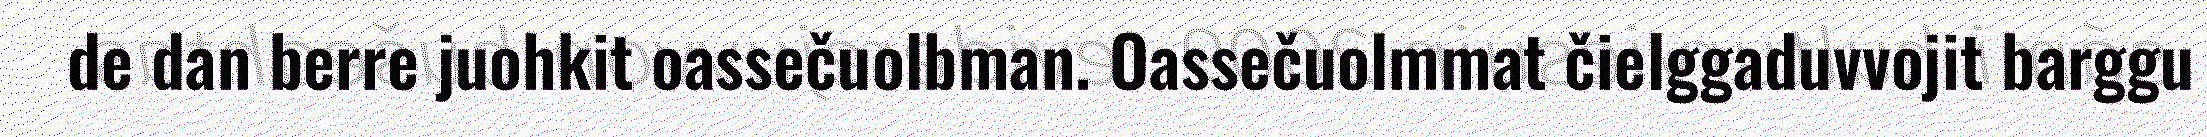
de dan berre juohkit oassečuolbman. Oassečuolmmat čielggaduvvojit barggu